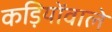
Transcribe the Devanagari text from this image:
कड़ियोंवाले